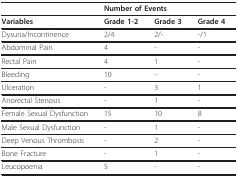
|  | <COLSPAN=3> Number of Events |
 | --- | --- | --- | --- |
 | Variables | Grade 1-2 | Grade 3 | Grade 4 |
 | Dysuria/Incontinence | 2/4 | 2/- | -/1 |
 | Abdominal Pain | 4 | - | - |
 | Rectal Pain | 4 | 1 | - |
 | Bleeding | 10 | - | - |
 | Ulceration | - | 3 | 1 |
 | Anorectal Stenosis | - | 1 | - |
 | Female Sexual Dysfunction | 15 | 10 | 8 |
 | Male Sexual Dysfunction | - | 1 | - |
 | Deep Venous Thrombosis | - | 2 | - |
 | Bone Fracture | - | 1 | - |
 | Leucopoenia | 5 | - | - |